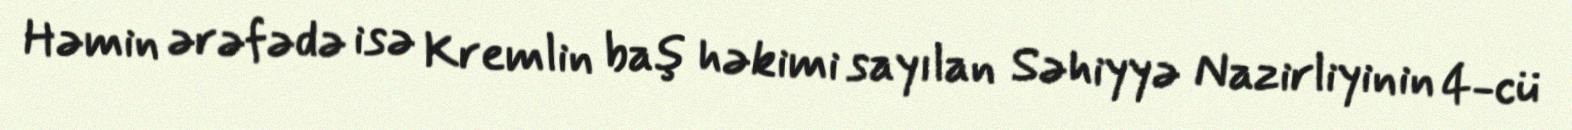
Həmin ərəfədə isə Kremlin baş həkimi sayılan Səhiyyə Nazirliyinin 4-cü